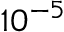
1 0 ^ { - 5 }